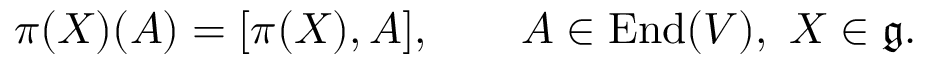
\pi ( X ) ( A ) = [ \pi ( X ) , A ] , \qquad A \in \operatorname { E n d } ( V ) , \ X \in { \mathfrak { g } } .